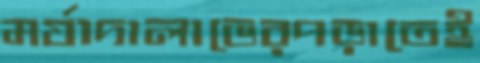
মর্যাদালাভেরপড়াতেই